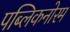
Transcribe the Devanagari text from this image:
पब्लिकनोरम